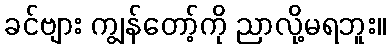
ခင်ဗျား ကျွန်တော့်ကို ညာလို့မရဘူး။